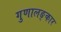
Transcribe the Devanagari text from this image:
गुणालङ्कार